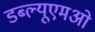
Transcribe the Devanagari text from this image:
डब्ल्यूएमओ